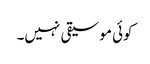
کوئی موسیقی نہیں۔